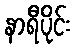
နာရီပိုင်း